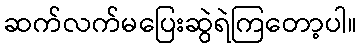
ဆက်လက်မပြေးဆွဲရဲကြတော့ပါ။